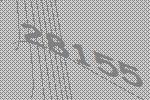
28155